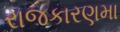
રાજકારણમા